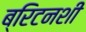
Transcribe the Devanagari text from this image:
ब्रिटनशी